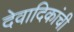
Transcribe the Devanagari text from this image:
देवादिकांची